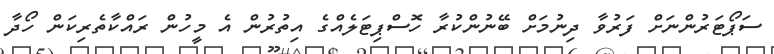
ސަޕޯޓަރުންނަށް ފަރުވާ ދިނުމަށް ބޭނުންކުރާ ހޮސްޕިޓަލެއްގެ އިތުރުން އެ މީހުން ރައްކާތެރިކަން ހޯދާ